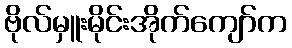
ဗိုလ်မှူးမိုင်းအိုက်ကျော်က